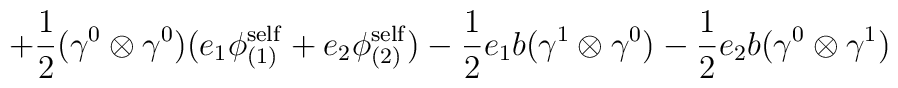
+ \frac{1}{2} ({\gamma}^0 \otimes {\gamma}^0) (e_1 {\phi}^{\rm self}_{(1)}+ e_2 {\phi}^{\rm self}_{(2)}) - \frac{1}{2} e_1 b ({\gamma}^1\otimes {\gamma}^0 ) - \frac{1}{2} e_2 b ({\gamma}^0 \otimes{\gamma}^1 )